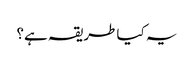
یہ کیا طریقہ ہے؟